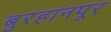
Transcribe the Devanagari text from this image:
बुरहानपूर